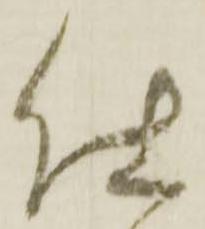
仕